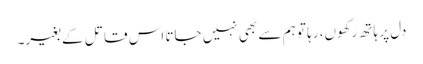
دل پر ہاتھ رکھوں، رہا تو ہم سے بھی نہیں جاتا اس قاتل کے بغیر۔